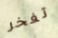
تفخر